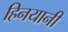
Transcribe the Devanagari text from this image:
हिनयानी